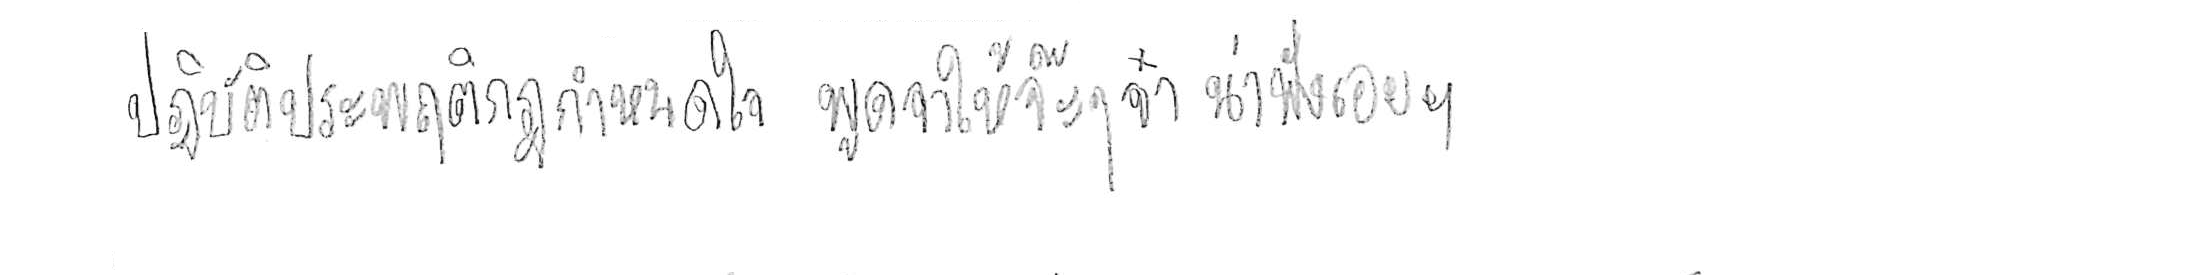
ปฏิบัติประพฤติกฎกำหนดใจ พูดจาให้จ๊ะๆ จ๋า น่าฟังเอยฯ